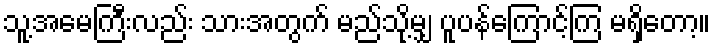
သူ့အမေကြီးလည်း သားအတွက် မည်သို့မျှ ပူပန်ကြောင့်ကြ မရှိတော့။